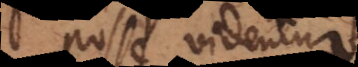
posse videntur,